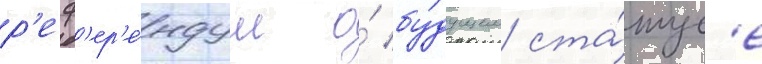
р'еф'ер'е́ндум о́ бу́дущем ста́тус'е